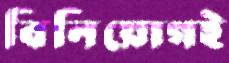
বিনিয়োগই